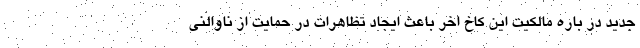
جدید در باره مالکیت این کاخ اخر باعث ایجاد تظاهرات در حمایت از ناوالنی